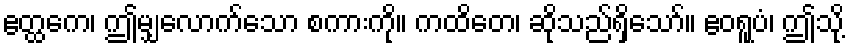
ဧတ္ထကေ၊ ဤမျှလောက်သော စကားကို။ ကထိတေ၊ ဆိုသည်ရှိသော်။ ဧဝရူပံ၊ ဤသို့